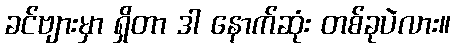
ခင်ဗျားမှာ ရှိတာ ဒါ နောက်ဆုံး တစ်ခုပဲလား။